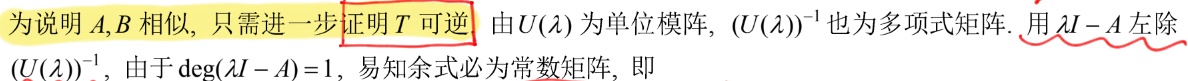
为说明$A,B$相似, 只需进一步证明$T$可逆. 由$U(\lambda)$为单位模阵, $(U(\lambda))^{-1}$也为多项式矩阵. 用$\lambda I - A$左除$(U(\lambda))^{-1}$, 由于$\deg(\lambda I - A)=1$, 易知余式必为常数矩阵, 即